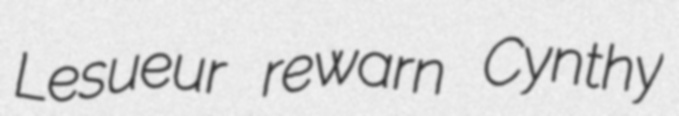
Lesueur rewarn Cynthy